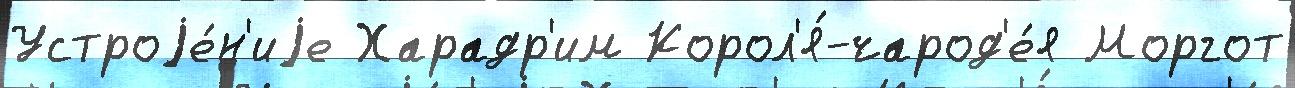
Устроjе́н'иjе Харадр'им Корол'я́-чарод'е́я Моргот